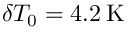
\delta T _ { 0 } = 4 . 2 \: \mathrm { K }